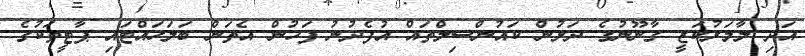
އަދި ލާމަރުކަޒީ ގާނޫނުގެ ދަށުން ކައުންސިލްތައް އުފެދުނު ފަހުން އެތަން ބަލަހައްޓައި ޕާޓީތަކުގެ